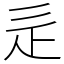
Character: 辵